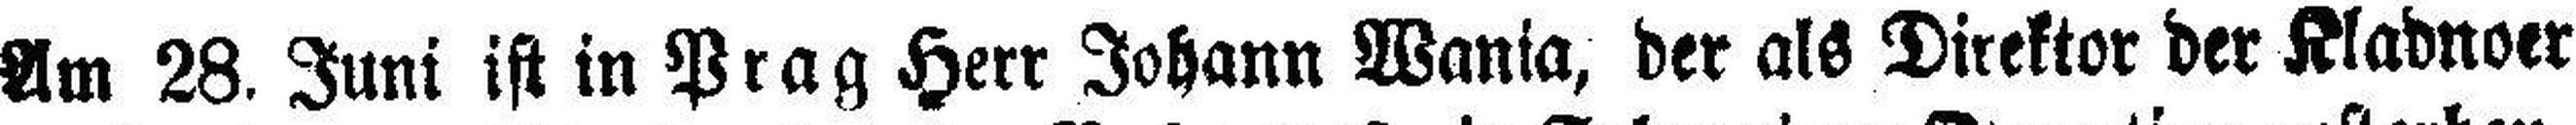
Am 28. Juni ist in Prag Herr Johann Wania, der als Direktor der Kladnoer